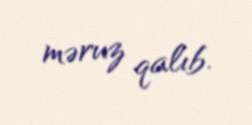
məruz qalıb.